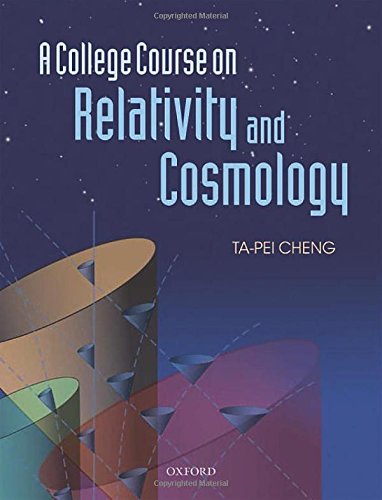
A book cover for A College Course on Relativity and Cosmology; Ta-Pei Cheng; Science & Math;